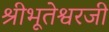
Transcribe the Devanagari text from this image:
श्रीभूतेश्वरजी